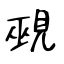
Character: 覡